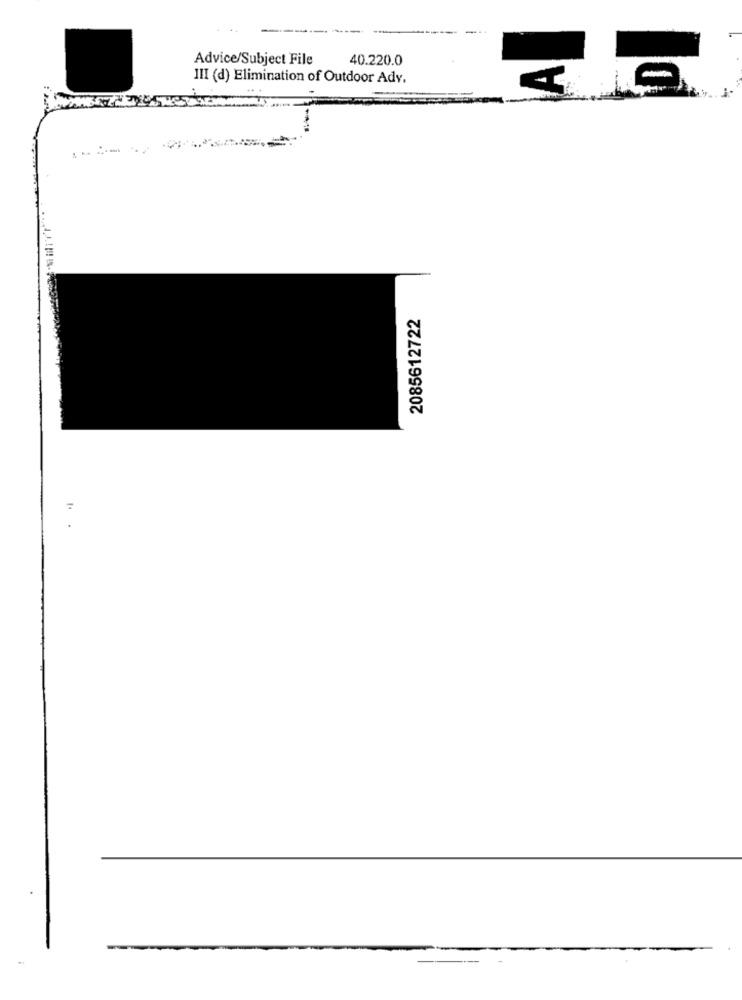
------
--
Advice/Subject File
40.220.0
III (d) Elimination of Outdoor Adv.
-
2085612722
=